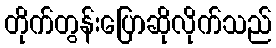
တိုက်တွန်းပြောဆိုလိုက်သည်